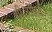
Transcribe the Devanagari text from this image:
थी।रॉबर्ट